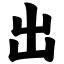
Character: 出